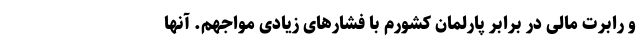
و رابرت مالی در برابر پارلمان کشورم با فشارهای زیادی مواجهم. آنها